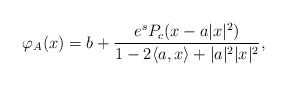
\begin{align*}\varphi_{A}(x)=b+\frac{e^sP_c(x-a|x|^2)}{1-2\langle a,x\rangle+|a|^2|x|^2},\end{align*}